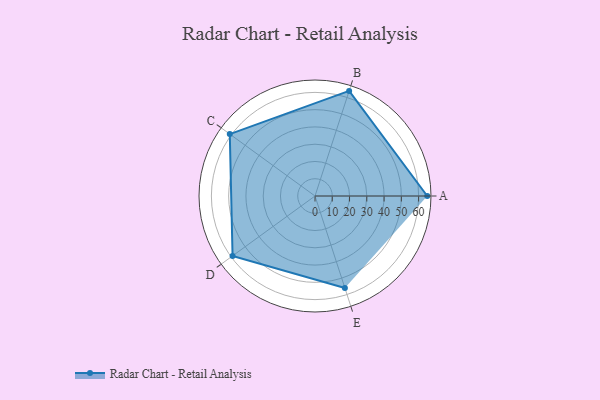
{"axis": {"x": "Skill", "y": "Score"}, "legend": ["Profile"], "data": [{"x": "A", "y": 65.0, "type": "Profile"}, {"x": "B", "y": 64.0, "type": "Profile"}, {"x": "C", "y": 61.0, "type": "Profile"}, {"x": "D", "y": 59.0, "type": "Profile"}, {"x": "E", "y": 56.0, "type": "Profile"}]}